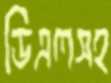
ডিএলসহ